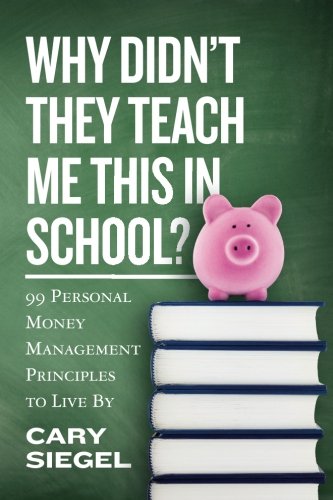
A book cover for Why Didn't They Teach Me This in School?: 99 Personal Money Management Principles to Live By; Cary Siegel; Business & Money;